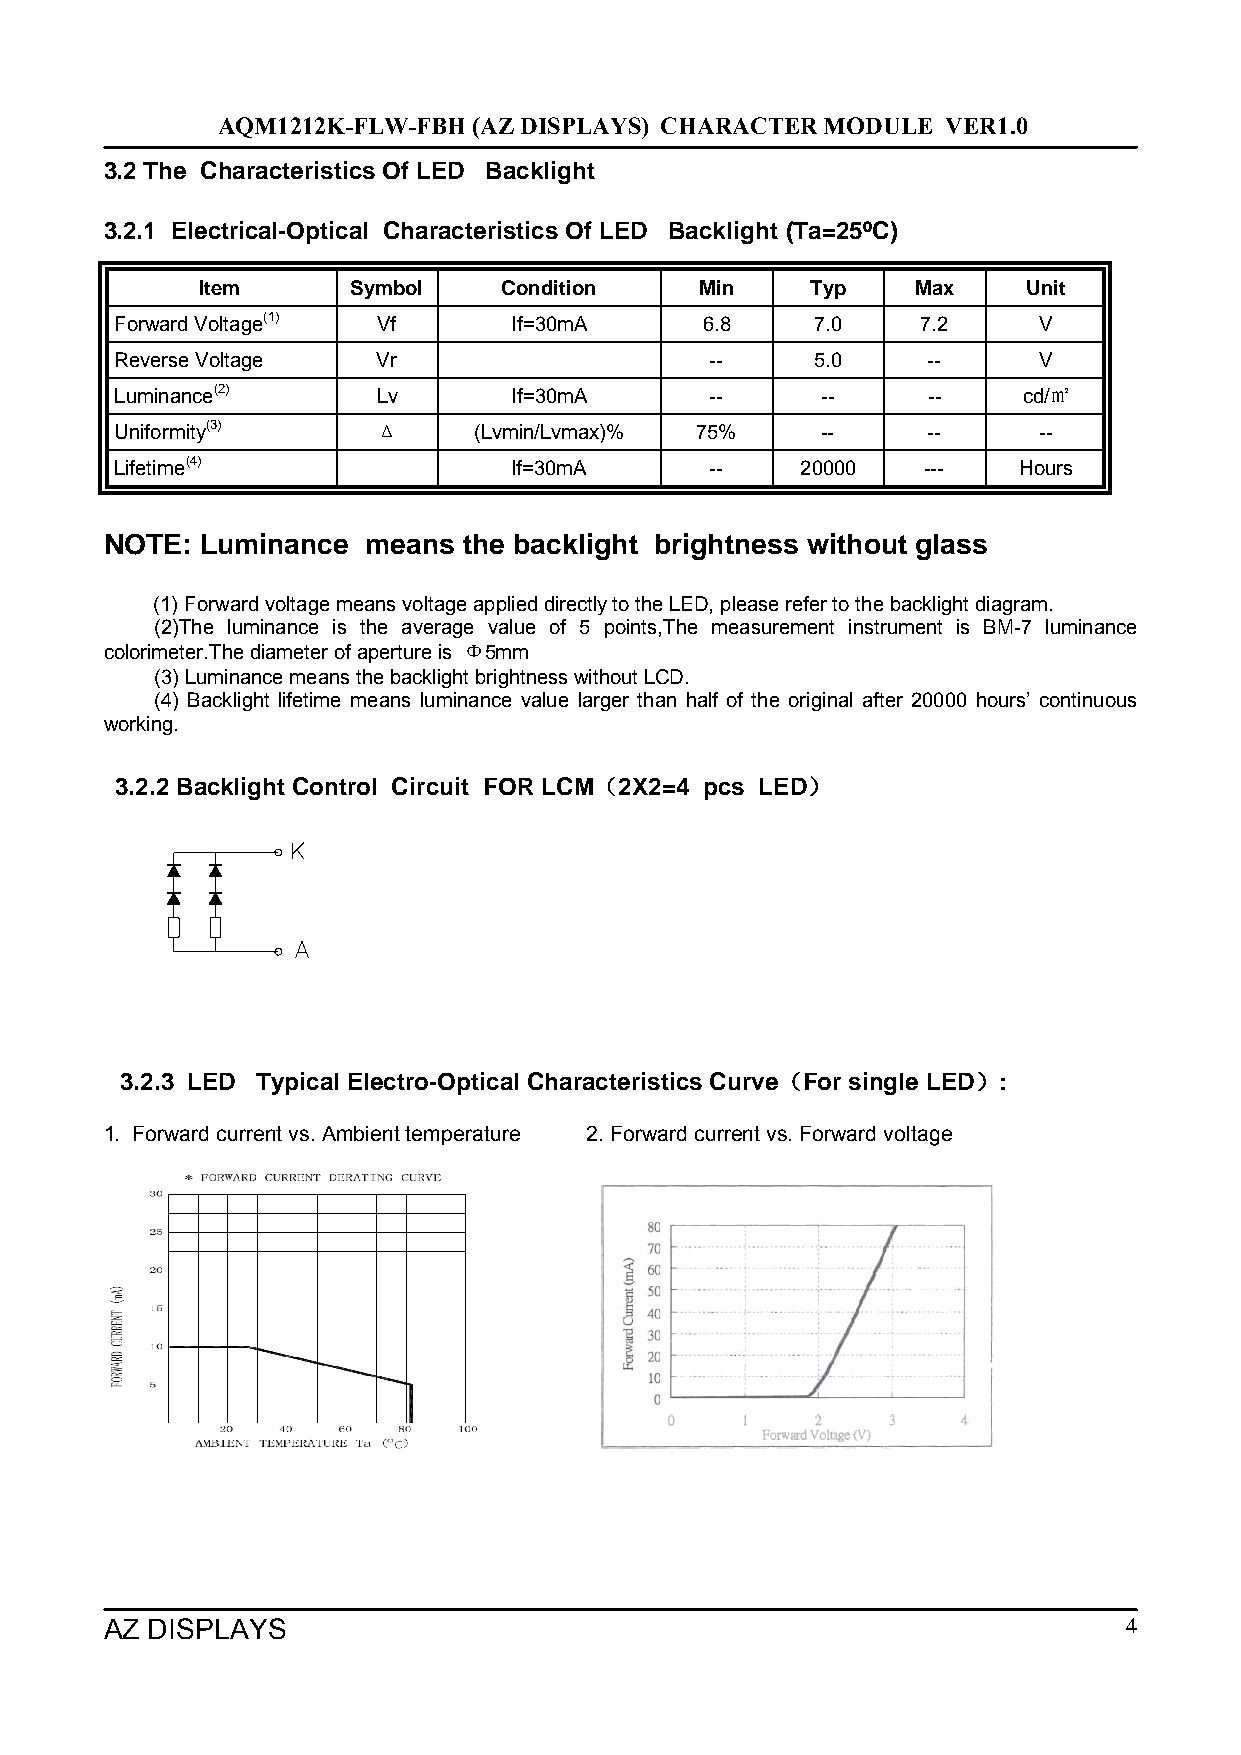
AQM1212K-FLW-FBH (AZ DISPLAYS) CHARACTER MODULE  VER1.0
 3.2 The Characteristics Of LED Backlight
 3.2.1 Electrical-Optical Characteristics Of LED Backlight (Ta=25ºC)
 Item      Symbol    Condition    Min     Typ    Max    Unit
 Forward Voltage(1) Vf     If=30mA     6.8     7.0    7.2     V
 Reverse Voltage  Vr                    --     5.0    --      V
 Luminance(2)     Lv       If=30mA      --     --     --     cd/㎡
 Uniformity(3)    Δ     (Lvmin/Lvmax)% 75%     --     --      --
 Lifetime(4)               If=30mA      --    20000   ---   Hours
 NOTE: Luminance  means  the backlight brightness without glass
 (1) Forward voltage means voltage applied directly to the LED, please refer to the backlight diagram.
 (2)The luminance is the average value of 5 points,The measurement instrument is BM-7 luminance
 colorimeter.The diameter of aperture is Φ5mm
 (3) Luminance means the backlight brightness without LCD.
 (4) Backlight lifetime means luminance value larger than half of the original after 20000 hours’ continuous
 working.
 3.2.2 Backlight Control Circuit FOR LCM（2X2=4 pcs LED）
 3.2.3 LED Typical Electro-Optical Characteristics Curve（For single LED）:
 1. Forward current vs. Ambient temperature 2. Forward current vs. Forward voltage
 AZ DISPLAYS                                                        4